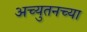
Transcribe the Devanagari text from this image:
अच्युतनच्या